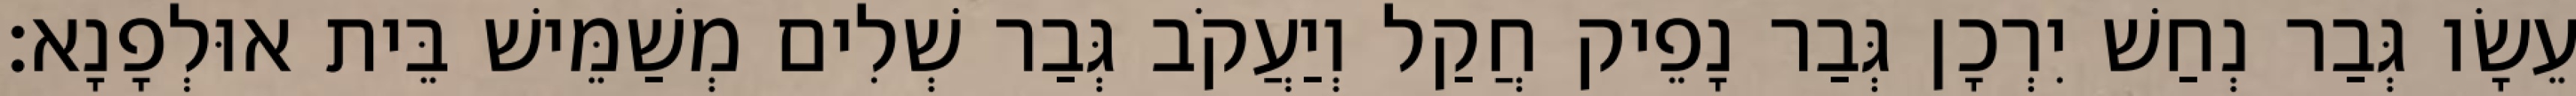
עֵשָׂו גְּבַר נְחַשׁ יִרְכָן גְּבַר נָפֵיק חֲקַל וְיַעֲקֹב גְּבַר שְׁלִים מְשַׁמֵּישׁ בֵּית אוּלְפָנָא׃